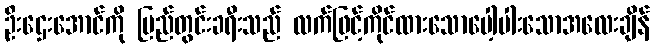
ဦးဌေးအောင်ကို ပြည်တွင်းခရီးသည် လက်ဖြင့်ကိုင်ထားသောပေါ့ပါးသောအလေးချိန်